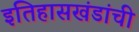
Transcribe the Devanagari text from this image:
इतिहासखंडांची